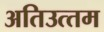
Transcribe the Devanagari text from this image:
अतिउत्‍तम